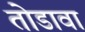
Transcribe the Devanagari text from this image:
तोडावा